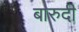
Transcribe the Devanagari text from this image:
बारुदी